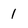
Character: 1